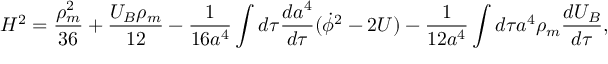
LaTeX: H ^ { 2 } = \frac { \rho _ { m } ^ { 2 } } { 3 6 } + \frac { U _ { B } \rho _ { m } } { 1 2 } - \frac { 1 } { 1 6 a ^ { 4 } } \int d \tau \frac { d a ^ { 4 } } { d \tau } ( \dot { \phi } ^ { 2 } - 2 U ) - \frac { 1 } { 1 2 a ^ { 4 } } \int d \tau a ^ { 4 } \rho _ { m } \frac { d U _ { B } } { d \tau } ,